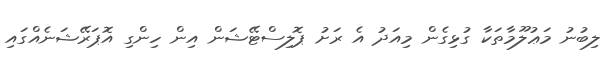
ލިބުނު މަޢުލޫމާތަކާ ގުޅިގެން މިއަދު އެ ރަށު ޕޮލިސްޓޭޝަން އިން ހިންގި އޮޕަރޭޝަނެއްގައި